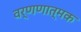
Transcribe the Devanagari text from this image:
वर्णणात्मक